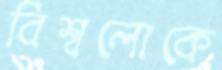
বিশ্বলোকে